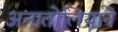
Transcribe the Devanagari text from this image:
अनातोलियाने